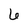
Character: 6